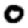
Digit: 0